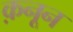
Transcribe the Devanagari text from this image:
क़नून